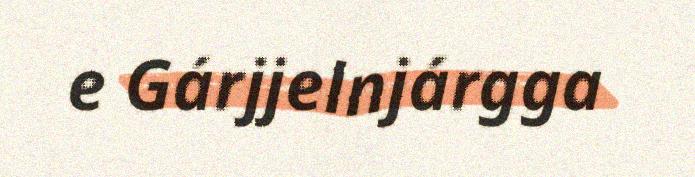
e Gárjjelnjárgga